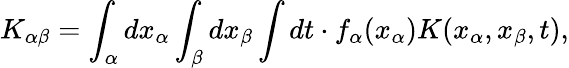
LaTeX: K_{\alpha\beta}=\int_{\alpha}dx_{\alpha}\int_{\beta}dx_{\beta}\int dt\cdot f_{\alpha}({x_{\alpha}})K(x_{\alpha},x_{\beta},t),